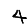
Digit: 4